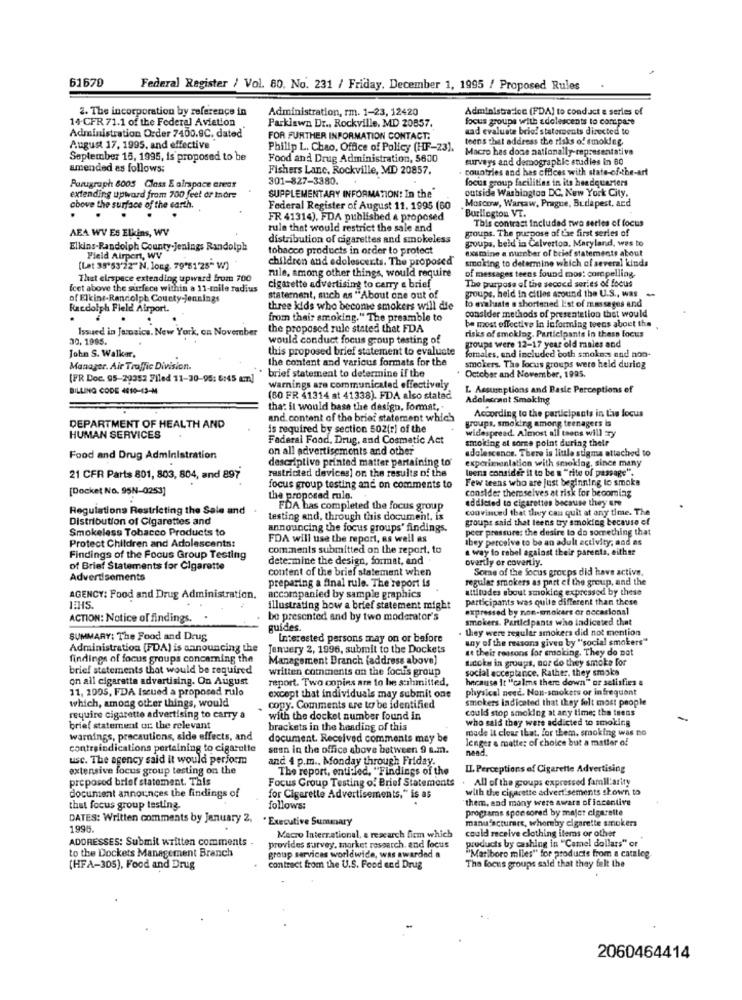
61670
Federal Register / Vol. 80. No. 231 / Friday. December 1, 1995 / Proposed Rules
2. The incorporation by reference in
Administration, rm. 1-23, 12420
Administration (FDA) to conduct e series of
14-CFR 71.1 of the Federal Aviation
Parklawn Dr ., Rockville, MD 20857.
focus groups with adolescents to compare
aad evaluate brief statements directed to
Administration Order 7400.9C. dated'
FOR FURTHER INFORMATION CONTACT:
teens that address the risks of smoking
August 17, 1995, and effective
Philip L. Chao. Office of Policy (HF-23).
Macro has done nationally-representative
September 15, 1995, is proposed to be
Food and Drug Administration, 5600
surveys and demographic studies in 80
amended as follows:
Fishers Lanc, Rockville, MD 20857.
countries and has offices with state-of-the-art
301-827-3380.
Paragraph 6003 Class E alrapace areas
focus group facilities in its headquarters
outside Washington DC, New York City,
extending upward from 700 feet dr Inore
SUPPLEMENTARY INFORMATION: In the
Moscow, Warsaw, Prague, Budapest, and
above the surface of the earth ..
Federal Register of August 11. 1995 (60
FR 41314), FDA published & proposed
Burlington VT.
This contrast included two series of focus
AEA WV Es Elkins, WV
rule that would restrict the sale and
groups. The purpose of the first series of
distribution of cigarettes and smokeless
groups, beld in Calverton, Maryland, was to
Elkins-Randolph County.Jenings Randolph
tobacco products in order to protect
examine a number of beiof statements about
Field Airport, WV
children and adolescents. The proposed
smoking to determine which of several kinds
(Lat 35'53'22" N. long. 79'81'25" W)
mule, among other things, would require
of messages teens found mos: compelling.
That elrspece extending upward from 700
feet above the surfece within a 11-mile radius
cigarette advertising to carry a brief
The prarpasa of the seceed series of focus
poups, held in cities around the U.S ., was
-
of Elkine-Randolph County-jennings
statement, such as "About one out of
to evaluate s shortened List of messages and
Racdolph Field Airport.
three kids who become smokers will die
from their smoking." The preamble to
be most effective in informing teens about the
consider methods of presentetion that would
Issued in Jarosice. New York, on November
the proposed rule stated that FDA
30, 1995.
would conduct focus group testing of
risks of smoking. Participants in these focus
John S. Walker,
this proposed brief statement to evaluate
groups were 12-17 year old males and
the content and various formats for the
forales, and included both smokes and non-
Manager. Air Traffic Division.
smokers. The focus groups were held during
[FR Doc. 95-20352 Filed 11-30-95: 6:45 am]
brief statement to determine if the
October and November, 1995.
BILLING CODE 4010-13-M
Warnings are communicated effectively
L Assumptions and Basic Perceptions ef
(60 FR 41314 at 41338). FDA also statad
Adelescant Smoking
tha: it would base the design, format,
According to the participants in the focus
and. content of the brief statement which
DEPARTMENT OF HEALTH AND
is required by section 502(r) of the
groups, smoking among teenagers is
widespread. Almost all teens will ry
HUMAN SERVICES
Federal Food, Drug, and Cosmetic Act
smoking al some point during their
on all advertisements and other
adolescence. There is little stigma attached to
Food and Drug Administration
descriptive printed matter pertaining to
experimentation with smoking, since many
leena consider it to be a "rite of passage".
21 CFR Parts 801, 803, 804, and 897
restricted devices] on the results of the
Few teens who are just beginning to smoke
[Docket No. 95N-0253]
focus group testing and on comments to
consider themselves at risk for becoming
the proposed rule.
addicted to cigarettes because they are
Regulations Restricting the Sale and
FDA has completed the focus group
convinced that they can quit at any time. The
Distribution of Cigarettes and
testing and, through this document, is
groups said that teens try smoking because of
Smokeless Tobacco Products to
announcing the focus groups' findings.
peer pressure: the desire to do something that
Protect Children and Adolescents:
FDA will use the report, as well as
they perceive to be an adult activity, and as
comments submitted on the report, to
a way to rebel against their parents, either
Findings of the Focus Group Testing
determine the design, format, and
overtly or covertly.
of Brief Statements for Cigarette
content of the brief statement when
Some of the focus groups did havs active.
Advertisements
regular smokers as part of the group, and the
preparing a final rule. The report is
attitudes about smoking expressed by these
AGENCY: Food and Drug Administration,
accompanied by sample graphics
participants was quite different than these
JEHS.
illustrating how a brief statement might
expressed by non-smokers or occasional
ACTION: Notice of findings.
be presented and by two moderator's
smokers. Participants who indicated that
guides.
they were regular smokers did not mention
SUMMARY: The Food and Drug
Interested persons may on or before
any of the reasons given by "social smokers"
Administration (FDA) is announcing the
Jenuery 2, 1996, submit to the Dockets
at their reasons for smoking. They do not
findings of focus groups concerning the
Management Branch (address above)
sicoke in groups, nor do they smoke for
brief statements that would be required
written comments on the focus group
social acceptance. Rather, they smoke
on all cigarette advertising. On August
report. Two copies are to be submitted,
hncause it "calms theme down" or satisfies a
11, 2005, FDA Issued a proposed rulo
except that individuals may submit one
physical need. Non-smokers or infrequent
which, among other things, would
smokers indicated that they felt most people
copy. Comments are to be identified
could stop smoking at any time; the teens
require cigarette advertising to carry a
with the docket number found in
who said they were addicted to smoking
brief statement of the relevant
brackets in the heading of this
made It clear that, for them. smoking was no
warnings, precautions, side effects, and
document. Received comments may be
lenger a matter of choice but a matter of
contraindications pertaining to cigarette
stan in the office above between 9 a.m.
need.
usc. The agency said it would perform
and 4 p.m ., Monday through Friday.
extensive focus group testing on the
The report, entitled, "Findings of the
II. Perceptions of Cigarette Advertising
proposed brief statement. This
Focus Group Testing of Brief Statements
All of the goups expressed familiarity
document announces the findings of
with the cigarette advertisements shown to
for Cigarette Advertisements," is as
them, and many were aware of incentive
thet focus group testing.
follows:
programs sponsored by majet cigarette
DATES: Written comments by january 2, . Executive Summary
manufacturate, whereby cigarette smokers
1996.
ADDRESSES: Submit written comments -
provides survey, market research, and focus
Macro Interrational, a research firm which
could receive clothing items or other
products by cashing in "Camel dollars" or
to the Dockets Management Branch
"Mariboro miles" for products from a catalog
group services worldwide, was awarded a
(HFA-305), Food and Drug
contract from the U.S. Food and Drug
The focus groups said that they felt the
2060464414